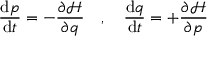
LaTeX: { \frac { \mathrm { d } { \boldsymbol { p } } } { \mathrm { d } t } } = - { \frac { \partial { \mathcal { H } } } { \partial { \boldsymbol { q } } } } \quad , \quad { \frac { \mathrm { d } { \boldsymbol { q } } } { \mathrm { d } t } } = + { \frac { \partial { \mathcal { H } } } { \partial { \boldsymbol { p } } } }